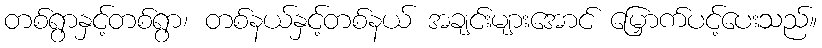
တစ်ရွာနှင့်တစ်ရွာ၊ တစ်နယ်နှင့်တစ်နယ် အချင်းများအောင် မြှောက်ပင့်ပေးသည်။